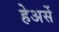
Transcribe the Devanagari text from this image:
हेअर्से